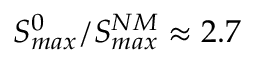
S _ { m a x } ^ { 0 } / S _ { m a x } ^ { N M } \approx 2 . 7